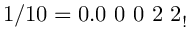
1 / 1 0 = 0 . 0 \ 0 \ 0 \ 2 \ 2 _ { ! }